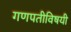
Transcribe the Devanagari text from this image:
गणपतीविषयी